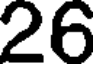
26